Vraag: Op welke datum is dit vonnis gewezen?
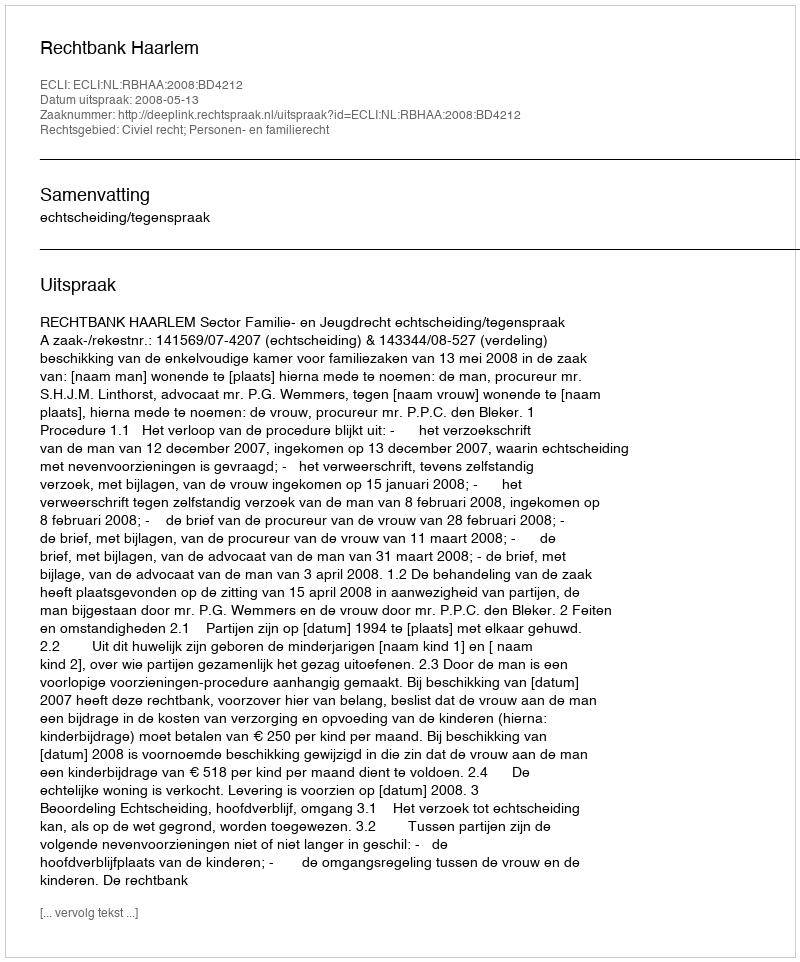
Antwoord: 2008-05-13